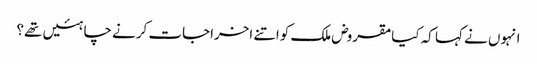
انہوں نے کہا کہ کیامقروض ملک کواتنے اخراجات کرنے چاہئیں تھے؟